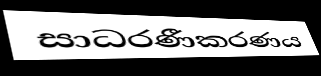
සාධරණීකරණය